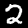
Label: 2